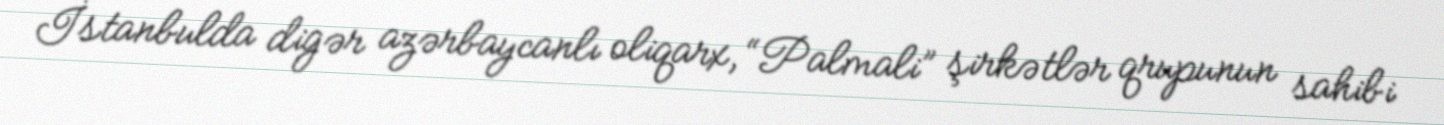
İstanbulda digər azərbaycanlı oliqarx, “Palmali” şirkətlər qrupunun sahibi